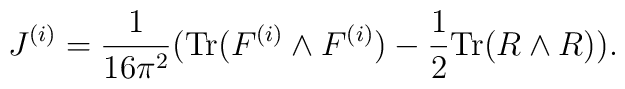
J^{(i)}=\frac{1}{16\pi^2}(\hbox{Tr}(F^{(i)}\wedge F^{(i)})-\frac{1}{2}\hbox{Tr}(R\wedge R)).